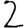
Digit: 2